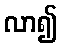
လာ၍